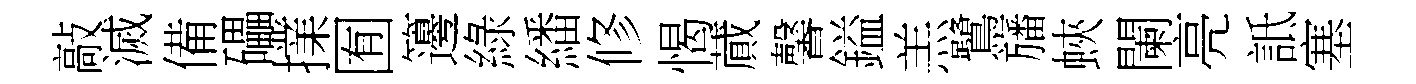
敲滅備礧擈囿籩綠繙修愒蕆馨鎰羔鷺旛蛺闌亮詆塞